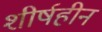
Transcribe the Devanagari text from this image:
शीर्षहीन